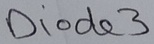
Text: Diode3